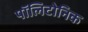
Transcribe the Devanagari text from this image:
पॉलिटोनिक